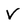
Character: V